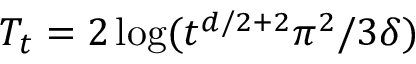
T _ { t } = 2 \log ( t ^ { d / 2 + 2 } \pi ^ { 2 } / 3 \delta )